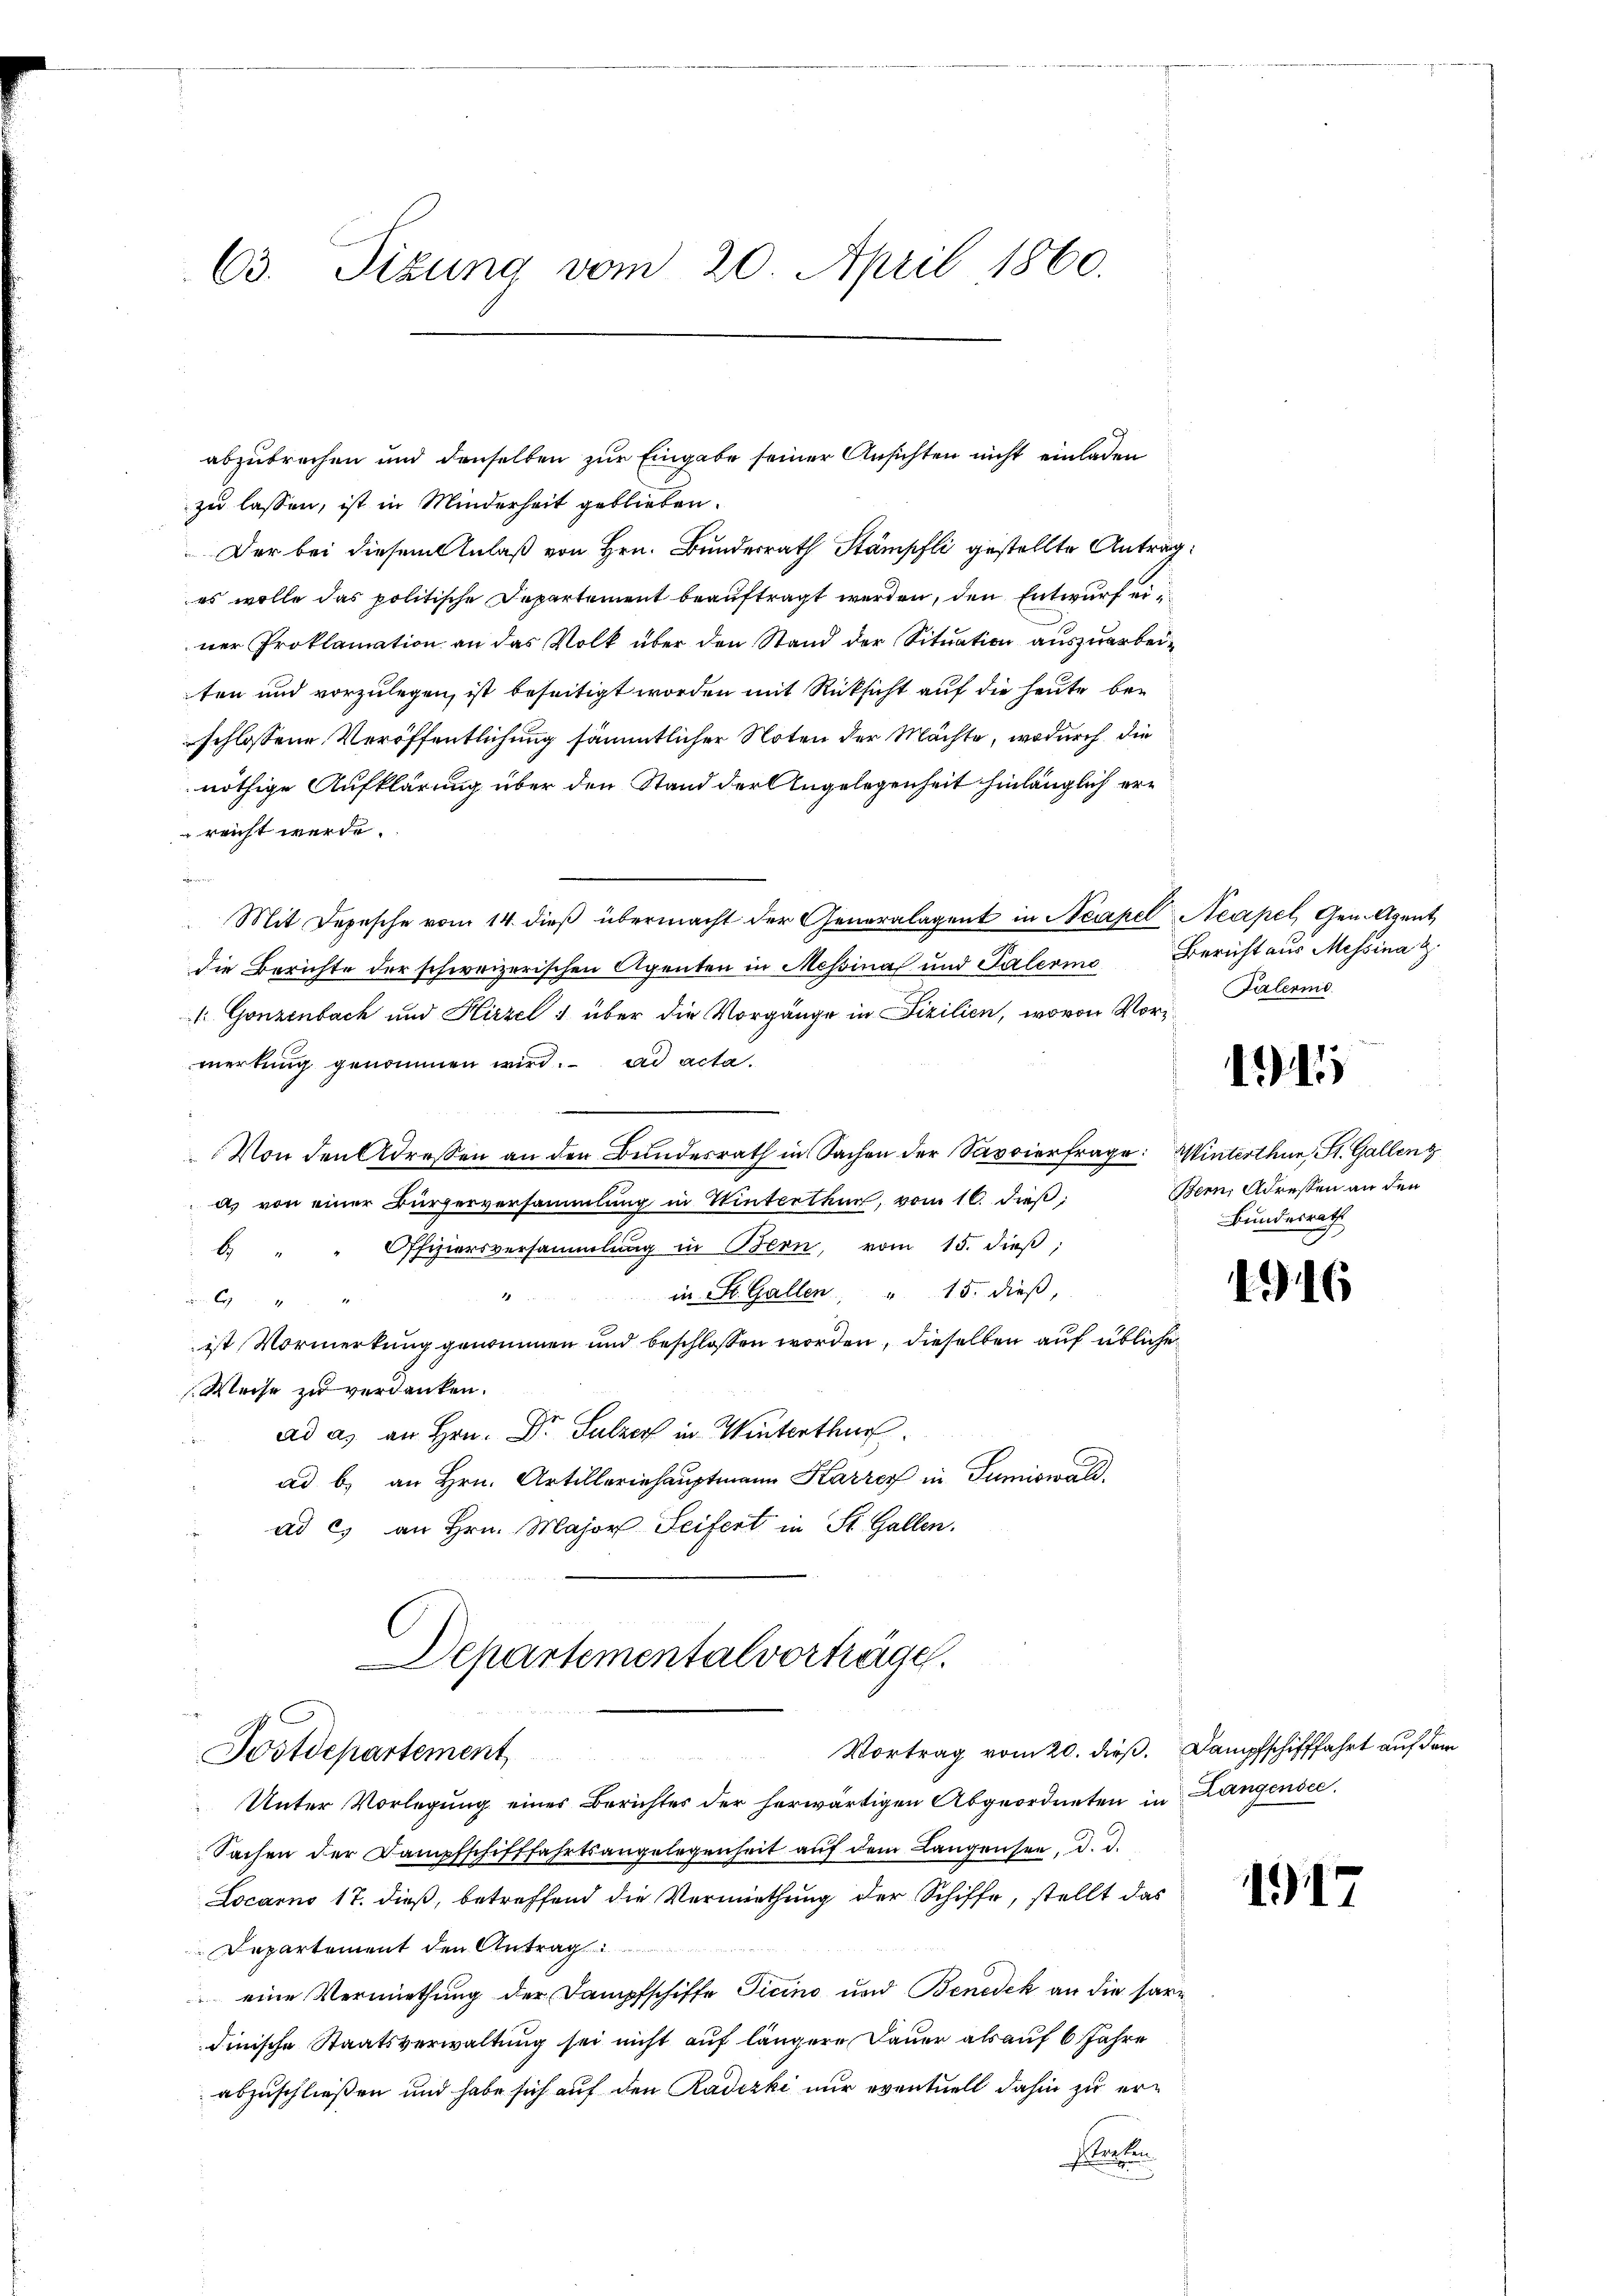
63. Sizung vom 20. April 1860.

abzubrechen und denselben zur Eingabe seiner Ansichten nicht einladen
zu lassen, ist in Minderheit geblieben.
Der bei diesem Anlaß von Hrn. Bundesrath Stämpfli gestellte Antrag.
es wolle das politische Departement beauftragt werden, den Entwurf ei
ner Proklamation an das Volk über den Stand der Situation auszuarbeiten und vorzulegen, ist beseitigt worden mit Rücksicht auf die heute beschlossene Veröffentlichung sämmtlicher Noten der Machte, wodurch die
nöthige Aufklärung über den Stand der Angelegenheit hinlänglich erreicht werde.
n
Mit Depesche vom 14. dieß übermacht der Generalagent in Neapel Neapel, Gem. Agent
die Berichte der schweizerischen Agenten in Messina und Palerie Bericht aus Messina u.
 Gonzenbach und Hirzel über die Vorgänge in Fizilien, wovon Vorzmerkung genommen wird. ad acta.
Von den Adressen an den Bundesrath in Sachen der Savoierfrage: Winterthur, St. Gallenz
as von einer Bürgerversammlung in Winterthur, vom 16. dieß:
Offiziersversammlung in Bern, vom 15. dieβ,
b.
in St. Gallen, " 15. dieß,
1

ist Vormerkung genommen und beschlossen worden, dieselben auf übliche
Weise zu verdanken.
ad a. an Hrn. Dr Sulzer in Winterthur.
ad b) an Hrn. Artilleriehauptmann Karrer in Tumiswald,
ad c) an Hrn. Major Seifert in St. Gallen.
Departementalvorträge.
Vortrag vom 20. dieß.
Postdepartement
Unter Vorlegŭng einer Berichtes der herwärtigen Abgeordneten in Langensee.
Sachen der Dampfschifffahrtsangelegenheit auf dem Langensee, d. d.
Locarno 17. dieß, betreffend die Vermiethung der Schiffe, stellt das
Departement den Antrag
eine Vermiethung der Dampfschiffe Ticino und Benedek an die sardinische Staatsverwaltung sei nicht auf längere Dauer als auf 6 Jahre
abzuschließen und habe sich auf den Radizki nur eventuell dahin zu erslachen

Falerme

1941

Bern, Adressen an den
Bundesrath

116

Dampfschifffahrt auf dem

1917